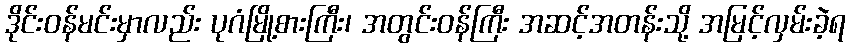
ဒိုင်းဝန်မင်းမှာလည်း ပုဂံမြို့စားကြီး၊ အတွင်းဝန်ကြီး အဆင့်အတန်းသို့ အမြင့်လှမ်းခဲ့ရ